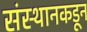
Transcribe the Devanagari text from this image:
संस्थानकडून